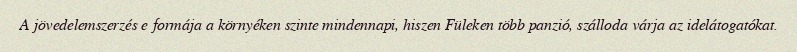
A jövedelemszerzés e formája a környéken szinte mindennapi, hiszen Füleken több panzió, szálloda várja az idelátogatókat.